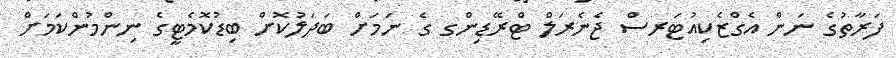
ފަރާތުގެ ނަން އެގްޒެކިއުޓަރސް ޖެނެރަލް ޓްރޭޑިންގ ގެ ނަމަށް ބަދަލުކޮށް ބިޑުކޮމެޓީގެ ނިންމުންކަމަށް